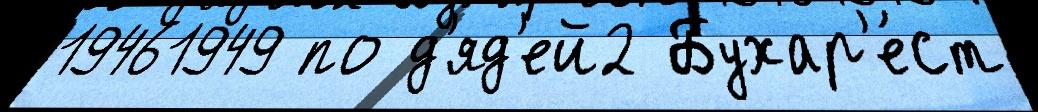
19461949 по д'яд'ей2 Бухар'е́ст